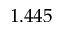
1 . 4 4 5